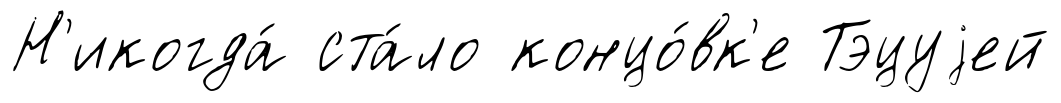
Н'икогда́ ста́ло концо́вк'е Тэцуjей